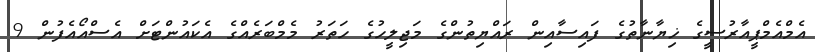
އެމްއެމްޕީއާރުސީގެ ޚިޔާނާތުގެ ފައިސާއިން ރައްޔިތުންގެ މަޖިލީހުގެ ހަތަރު މެމްބަރެއްގެ އެކައުންޓަށް އެސްއޯއެފުން 9